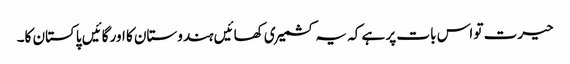
حیرت تو اس بات پر ہے کہ یہ کشمیری کھائیں ہندوستان کا اور گائیں پاکستان کا۔